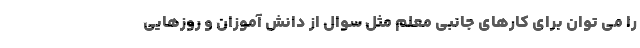
را می توان برای کارهای جانبی معلم مثل سوال از دانش آموزان و روزهایی